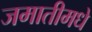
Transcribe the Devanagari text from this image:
जमातीमधे